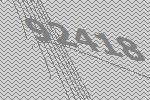
92418